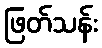
ဖြတ်သန်း